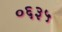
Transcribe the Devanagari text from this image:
०६३५